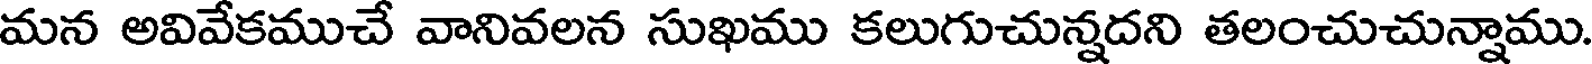
మన అవివేకముచే వానివలన సుఖము కలుగుచున్నదని తలంచుచున్నాము